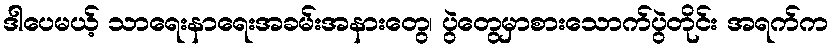
ဒါပေမယ့် သာရေးနာရေးအခမ်းအနားတွေ၊ ပွဲတွေမှာစားသောက်ပွဲတိုင်း အရက်က